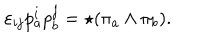
LaTeX: \varepsilon _ { i j } p _ { a } ^ { i } p _ { b } ^ { j } = \star ( \pi _ { a } \wedge \pi _ { b } ) .